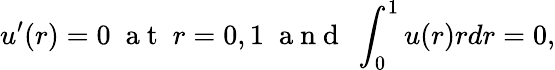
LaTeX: u^{\prime}(r)=0\; \mathrm{~a~t~}\; r=0,1\; \mathrm{~a~n~d~}\; \int_{0}^{1}u(r)rdr=0,